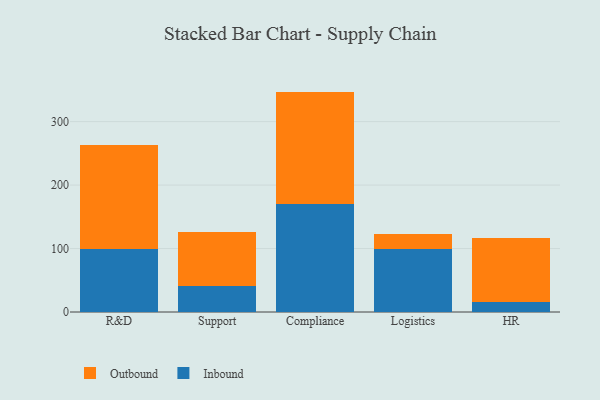
{"axis": {"x": "Department", "y": "Population (Million)"}, "legend": ["Inbound", "Outbound"], "data": [{"x": "R&D", "y": 99.0, "type": "Inbound"}, {"x": "R&D", "y": 164.9, "type": "Outbound"}, {"x": "Support", "y": 40.9, "type": "Inbound"}, {"x": "Support", "y": 84.5, "type": "Outbound"}, {"x": "Compliance", "y": 169.6, "type": "Inbound"}, {"x": "Compliance", "y": 177.7, "type": "Outbound"}, {"x": "Logistics", "y": 99.0, "type": "Inbound"}, {"x": "Logistics", "y": 23.6, "type": "Outbound"}, {"x": "HR", "y": 15.0, "type": "Inbound"}, {"x": "HR", "y": 101.0, "type": "Outbound"}]}